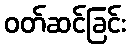
ဝတ်ဆင်ခြင်း